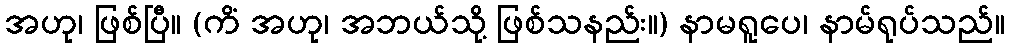
အဟု၊ ဖြစ်ပြီ။ (ကိံ အဟု၊ အဘယ်သို့ ဖြစ်သနည်း။) နာမရူပေ၊ နာမ်ရုပ်သည်။